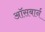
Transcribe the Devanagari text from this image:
ऑसबार्न